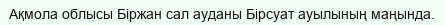
Ақмола облысы Біржан сал ауданы Бірсуат ауылының маңында.